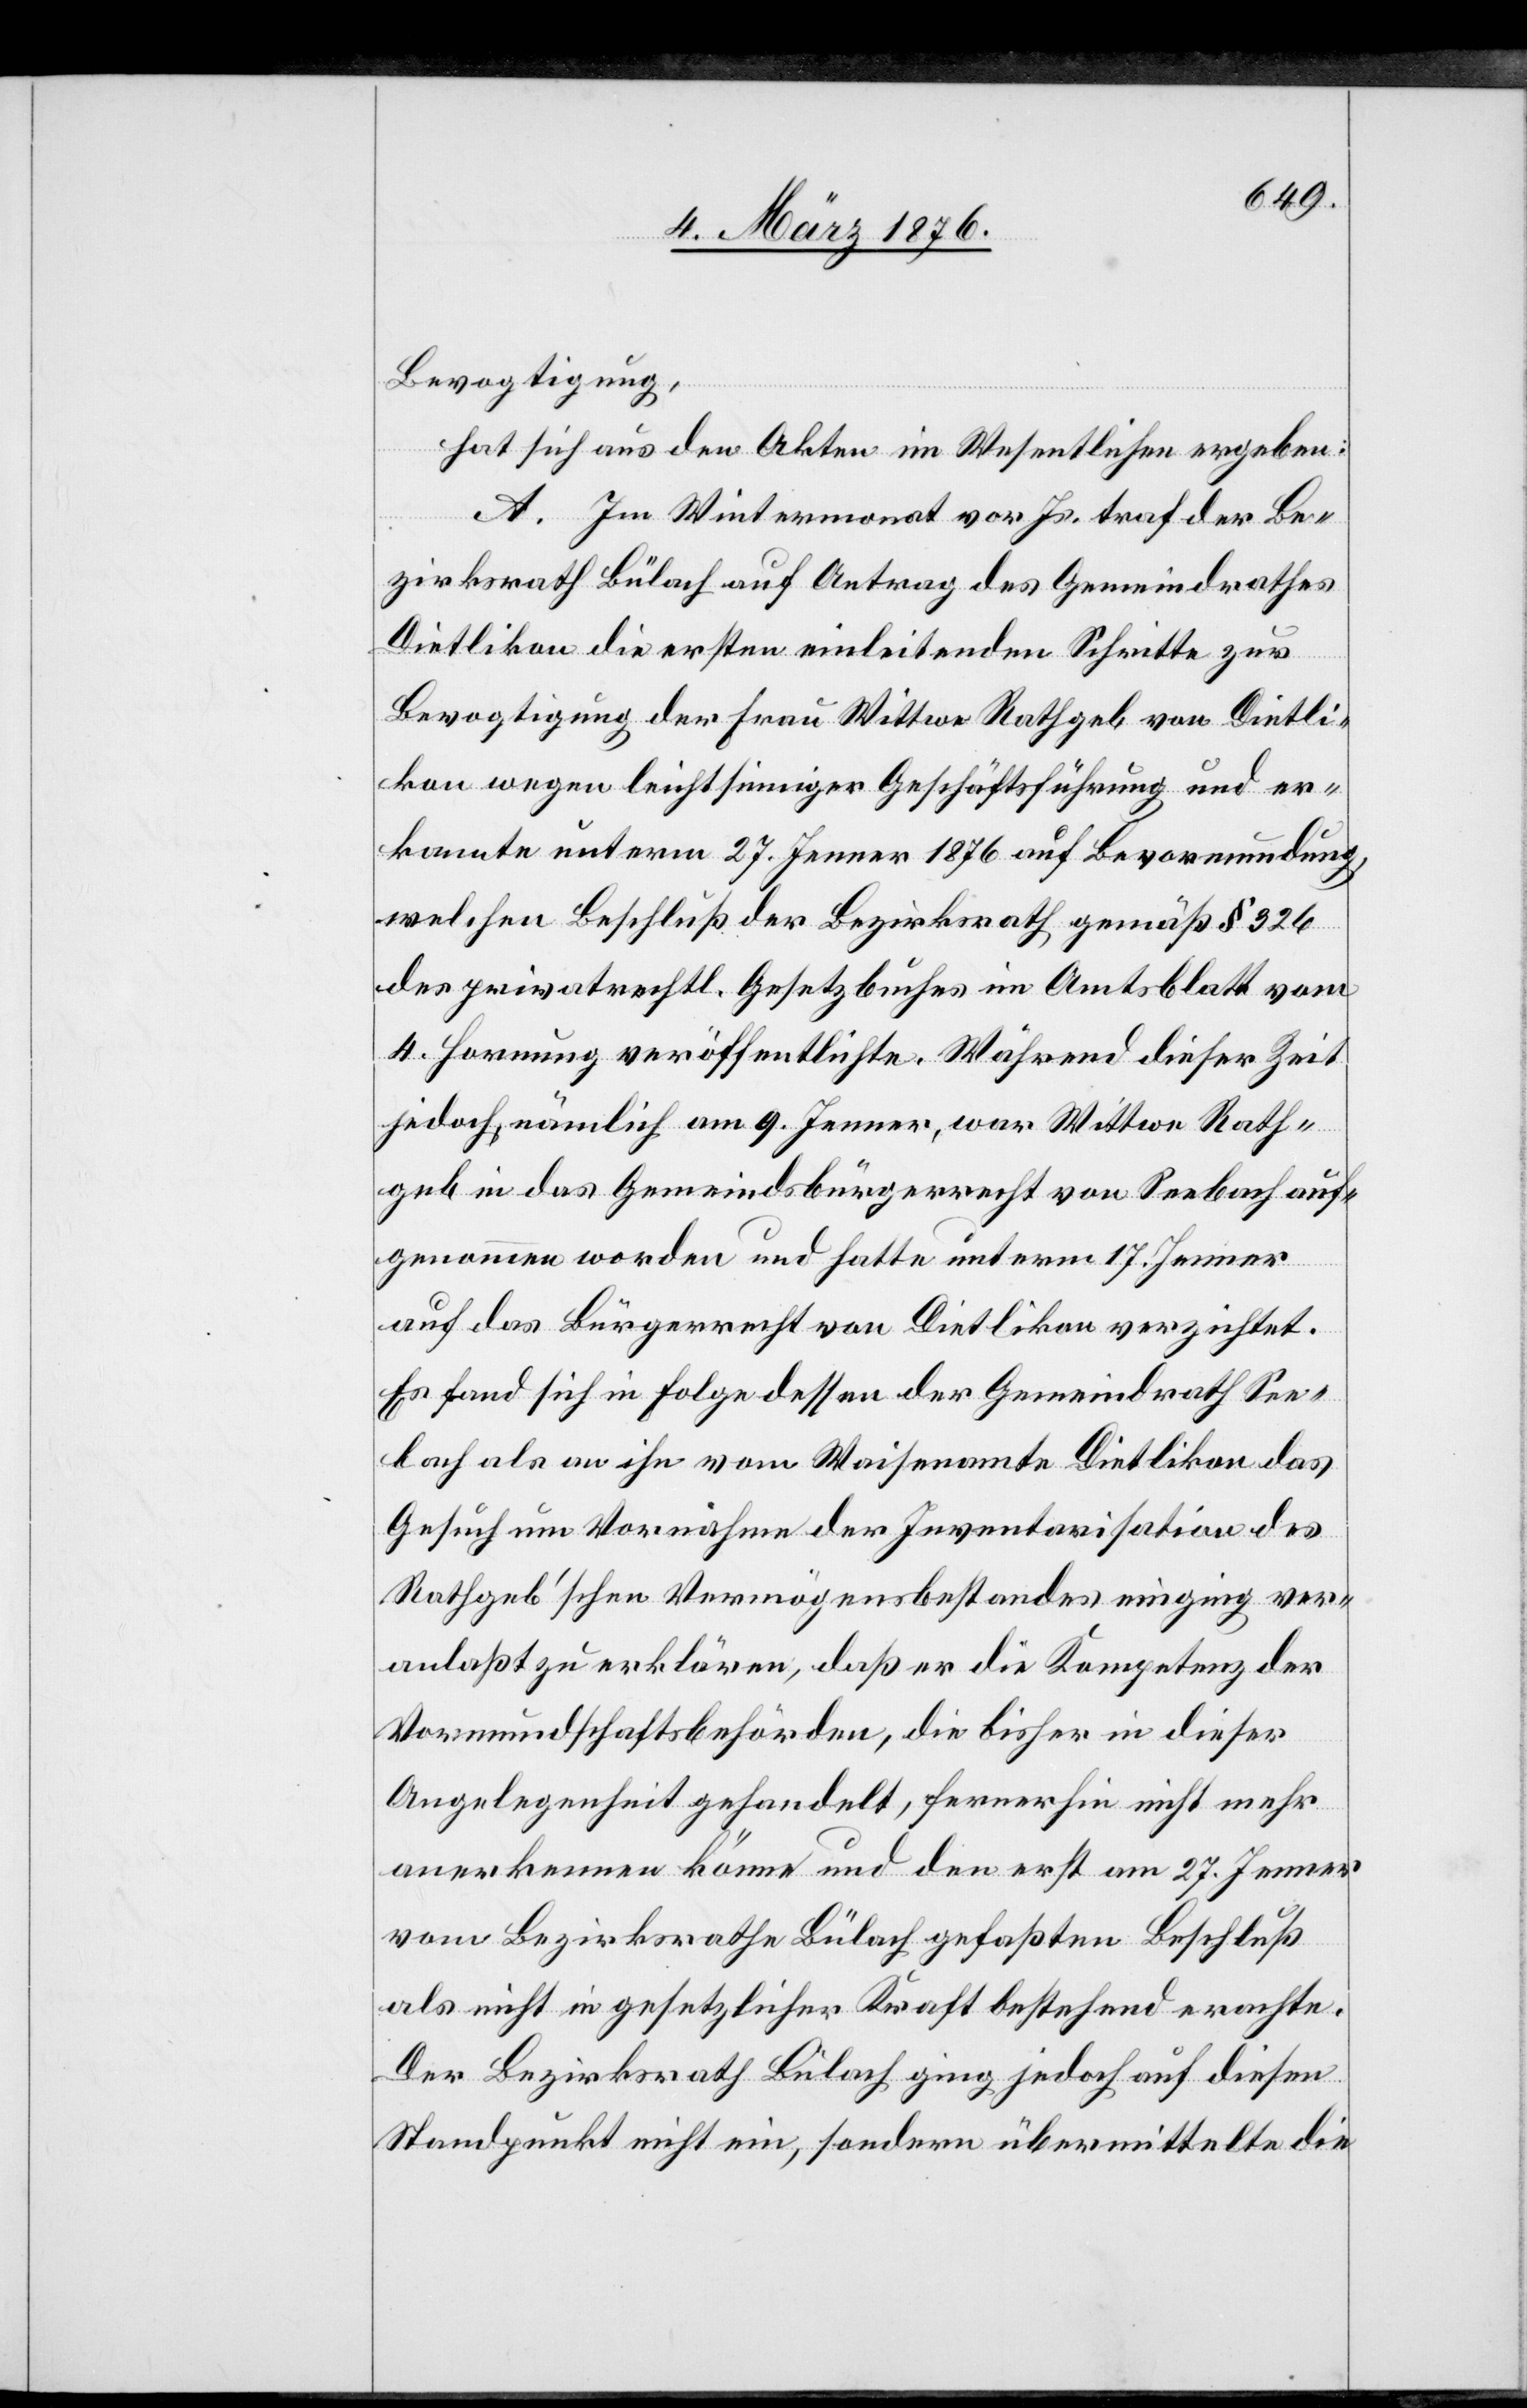
Bevogtigung,
hat sich aus den Akten im Wesentlichen ergeben:
A. Im Wintermonat vor Js. traf der Be¬
zirksrath Bülach auf Antrag des Gemeindrathes
Dietlikon die ersten einleitenden Schritte zur
Bevogtigung der Frau Wittwe Rathgeb von Dietli¬
kon wegen leichtsinniger Geschäftsführung und er¬
kannte unterm 27. Jenner 1876 auf Bevormundung
welchen Beschluß der Bezirksrath gemäß § 326
des privatrechtl. Gesetzbuches im Amtsblatt vom
4. Hornung veröffentlichte. Während dieser Zeit
jedoch, nämlich am 9. Jenner, war Wittwe Rath¬
geb in das Gemeindebürgerrecht von Seebach auf¬
genommen worden und hatte unterm 17. Jenner
auf das Bürgerrecht von Dietlikon verzichtet.
Es fand sich in Folge dessen der Gemeindrath See¬
bach als an ihn vom Waisenamte Dietlikon das
Gesuch um Vornahme der Inventarisation des
Rathgeb’schen Vermögensbestandes einging ver¬
anlaßt zu erklären, daß er die Kompetenz der
Vormundschaftsbehörden, die bisher in dieser
Angelegenheit gehandelt, fernerhin nicht mehr
anerkennen könne und den erst am 27. Jenner
vom Bezirksrathe Bülach gefaßten Beschluß
als nicht in gesetzlicher Kraft bestehend erachte.
Der Bezirksrath Bülach ging jedoch auf diesen
Standpunkt nicht ein, sondern übermittelte die